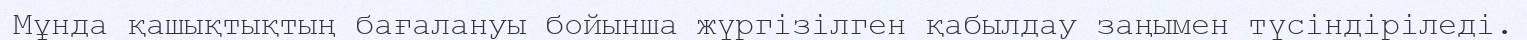
Мұнда қашықтықтың бағалануы бойынша жүргізілген қабылдау заңымен түсіндіріледі.